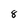
Character: 8